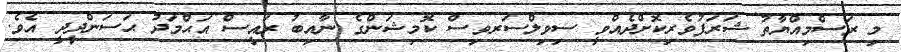
މި ރަސްމިއްޔާތު ޝަރަފުވެރިކޮށްދެއްވީ ސިވިލްސަރވިސް ކޮމިޝަންގެ ނާއިބު ރައީސް އަޙްމަދު ޙަސަންދީދީ އެވެ.